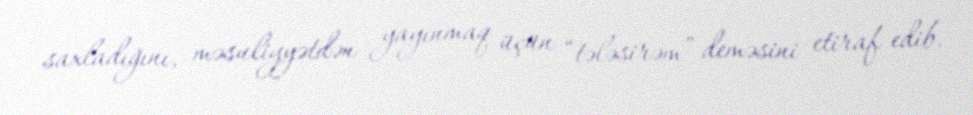
saxladığını, məsuliyyətdən yayınmaq üçün “tələsirəm” deməsini etiraf edib.